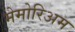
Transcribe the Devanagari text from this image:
मेमोरिअम